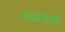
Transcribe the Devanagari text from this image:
पत्थरतराशों